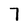
Character: 7